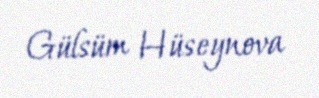
Gülsüm Hüseynova